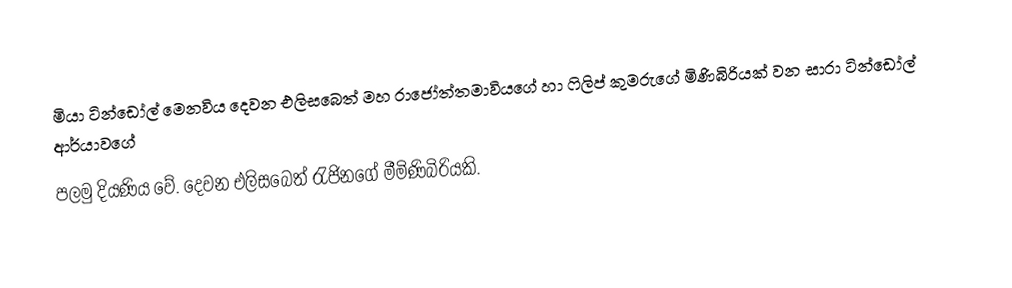
මියා ටින්ඩෝල් මෙනවිය දෙවන එලිසබෙත් මහ රාජෝත්තමාවියගේ හා ෆිලිප් කුමරුගේ මිණිබිරියක් වන සාරා ටින්ඩෝල් ආර්යාවගේ
පලමු දියණිය වේ. දෙවන එලිසබෙත් රැජිනගේ මීමිණිබිරියකි.